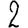
Digit: 2